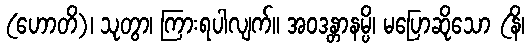
(ဟောတိ)၊ သုတွာ၊ ကြားရပါလျက်။ အဝဒန္တာနမ္ပိ၊ မပြောဆိုသော (နိ၊